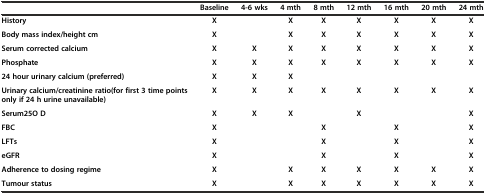
<table><thead><tr><td></td><td><b>Baseline</b></td><td><b>4-6 wks</b></td><td><b>4 mth</b></td><td><b>8 mth</b></td><td><b>12 mth</b></td><td><b>16 mth</b></td><td><b>20 mth</b></td><td><b>24 mth</b></td></tr></thead><tbody><tr><td><b>History</b></td><td><b>X</b></td><td></td><td><b>X</b></td><td><b>X</b></td><td><b>X</b></td><td><b>X</b></td><td><b>X</b></td><td><b>X</b></td></tr><tr><td><b>Body mass index/height cm</b></td><td><b>X</b></td><td></td><td><b>X</b></td><td><b>X</b></td><td><b>X</b></td><td><b>X</b></td><td><b>X</b></td><td><b>X</b></td></tr><tr><td><b>Serum corrected calcium</b></td><td><b>X</b></td><td><b>X</b></td><td><b>X</b></td><td><b>X</b></td><td><b>X</b></td><td><b>X</b></td><td><b>X</b></td><td><b>X</b></td></tr><tr><td><b>Phosphate</b></td><td><b>X</b></td><td><b>X</b></td><td><b>X</b></td><td><b>X</b></td><td><b>X</b></td><td><b>X</b></td><td><b>X</b></td><td><b>X</b></td></tr><tr><td><b>24 hour urinary calcium (preferred)</b></td><td><b>X</b></td><td><b>X</b></td><td><b>X</b></td><td></td><td></td><td></td><td></td><td></td></tr><tr><td><b>Urinary calcium/creatinine ratio</b><b>(for first 3 time points only if 24 h urine unavailable)</b></td><td><b>X</b></td><td><b>X</b></td><td><b>X</b></td><td><b>X</b></td><td><b>X</b></td><td><b>X</b></td><td><b>X</b></td><td><b>X</b></td></tr><tr><td><b>Serum</b><b>25O D</b></td><td><b>X</b></td><td><b>X</b></td><td><b>X</b></td><td></td><td><b>X</b></td><td></td><td></td><td><b>X</b></td></tr><tr><td><b>FBC</b></td><td><b>X</b></td><td></td><td></td><td><b>X</b></td><td></td><td><b>X</b></td><td></td><td><b>X</b></td></tr><tr><td><b>LFTs</b></td><td><b>X</b></td><td></td><td></td><td><b>X</b></td><td></td><td><b>X</b></td><td></td><td><b>X</b></td></tr><tr><td><b>eGFR</b></td><td><b>X</b></td><td></td><td></td><td><b>X</b></td><td></td><td><b>X</b></td><td></td><td><b>X</b></td></tr><tr><td><b>Adherence to dosing regime</b></td><td><b>X</b></td><td></td><td><b>X</b></td><td><b>X</b></td><td><b>X</b></td><td><b>X</b></td><td><b>X</b></td><td><b>X</b></td></tr><tr><td><b>Tumour status</b></td><td><b>X</b></td><td></td><td><b>X</b></td><td><b>X</b></td><td><b>X</b></td><td><b>X</b></td><td><b>X</b></td><td><b>X</b></td></tr></tbody></table>